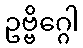
ဥဗ္ဗိဂ္ဂေါ